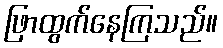
ဖြာထွက်နေကြသည်။